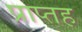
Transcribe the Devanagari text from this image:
प्राप्तह